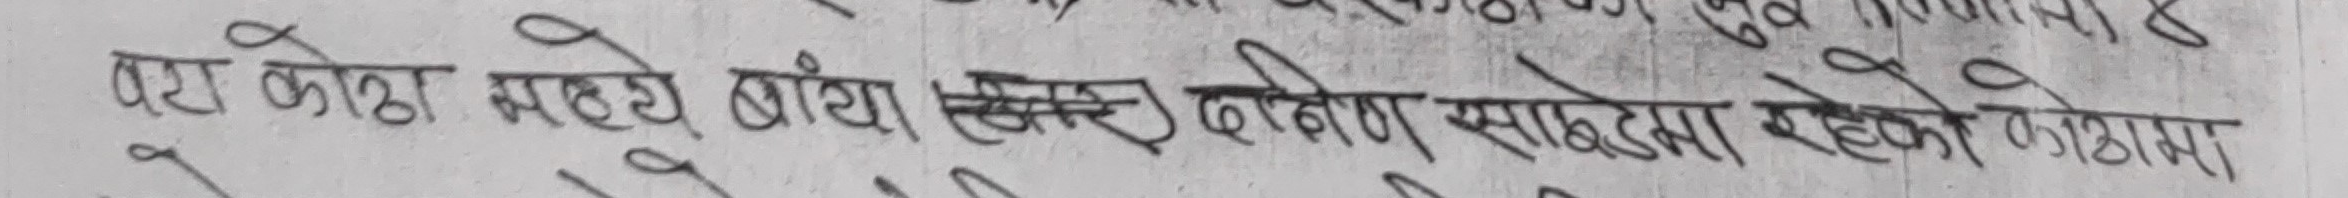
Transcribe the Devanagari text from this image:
पर कोठा सहये भांग सेक्चर कीर्माण साखडामा रहेको कोठामा।